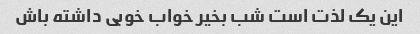
این یک لذت است شب بخیر خواب خوبی داشته باش